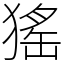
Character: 猺